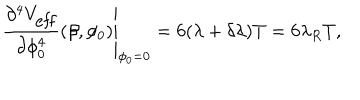
\left. \frac { \partial ^ { 4 } V _ { \mathrm { e f f } } } { \partial \phi _ { 0 } ^ { 4 } } ( \beta , \phi _ { 0 } ) \right| _ { \phi _ { 0 } = 0 } = 6 ( \lambda + \delta \lambda ) T = 6 \lambda _ { R } T ,